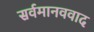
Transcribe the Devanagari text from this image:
सर्वमानववाद